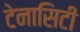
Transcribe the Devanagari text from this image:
टेनासिटी